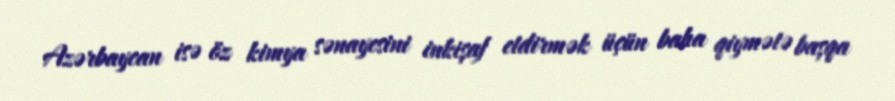
Azərbaycan isə öz kimya sənayesini inkişaf etdirmək üçün baha qiymətə başqa